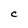
Character: C